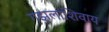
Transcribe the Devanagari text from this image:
गझलांशिवाय